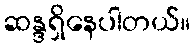
ဆန္ဒရှိနေပါတယ်။